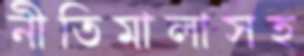
নীতিমালাসহ